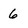
Character: 6